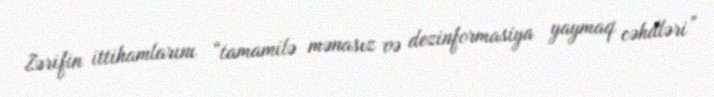
Zərifin ittihamlarını “tamamilə mənasız və dezinformasiya yaymaq cəhdləri”